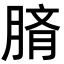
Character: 𦜢